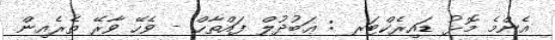
އެންމެ މޮޅު ޑައިރެކްޓަރ : ޢަބުދުލް ފައްތާޙް - ވެހޭ ވާރޭ ތެރެއިން